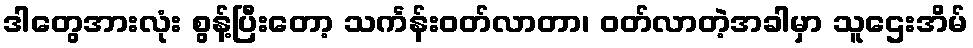
ဒါတွေအားလုံး စွန့်ပြီးတော့ သင်္ကန်းဝတ်လာတာ၊ ဝတ်လာတဲ့အခါမှာ သူဌေးအိမ်